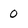
Character: 0